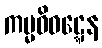
ကမ္မဝိဝဋ္ဋေန